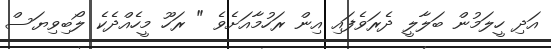
އަދި ހީލަމުން ބަލާލީ ދެރަވެފައި އިން ރަހުމާއަށެވެ " ރަހޫ މީހެއްދެކެ ލޯބިވިޔަސް